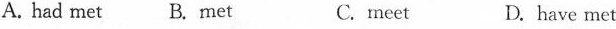
A. had met B. Met C.meet D. have met